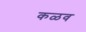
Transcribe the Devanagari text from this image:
कळव